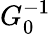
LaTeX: G_{0}^{-1}